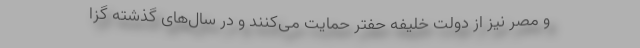
و مصر نیز از دولت خلیفه حفتر حمایت می‌کنند و در سال‌های گذشته گزا